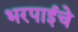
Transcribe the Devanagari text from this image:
भरपाईचे